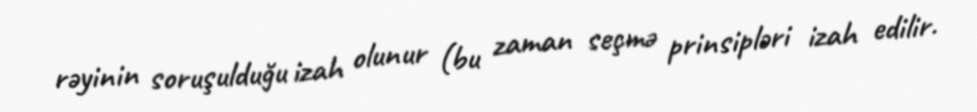
rəyinin soruşulduğu izah olunur (bu zaman seçmə prinsipləri izah edilir.